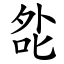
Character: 夞